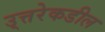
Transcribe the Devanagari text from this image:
उ्त्तरेकडील